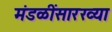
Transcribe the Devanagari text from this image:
मंडळींसारख्या